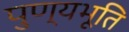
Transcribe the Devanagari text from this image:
पुण्यभूति